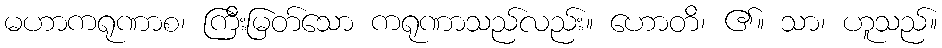
မဟာကရုဏာစ၊ ကြီးမြတ်သော ကရုဏာသည်လည်း။ ဟောတိ၊ ၏။ သာ၊ ဟူသည်။